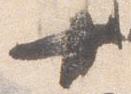
十